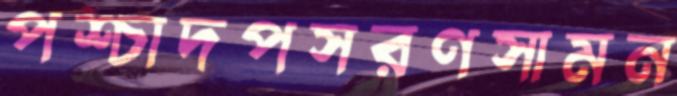
পশ্চাদপসরণসামন